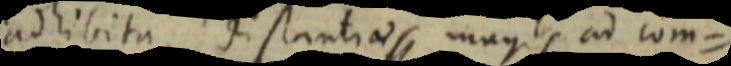
ad hibita distantiae magis ad com=